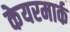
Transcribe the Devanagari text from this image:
केयरमार्क